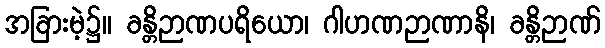
အခြားမဲ့၌။ ခန္တိဉာဏပရိယော၊ ဂါဟဏဉာဏာနိ၊ ခန္တိဉာဏ်